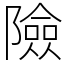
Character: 險